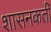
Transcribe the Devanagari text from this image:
शासनकर्ती